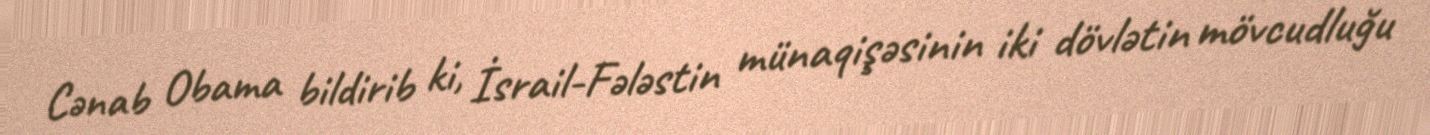
Cənab Obama bildirib ki, İsrail-Fələstin münaqişəsinin iki dövlətin mövcudluğu